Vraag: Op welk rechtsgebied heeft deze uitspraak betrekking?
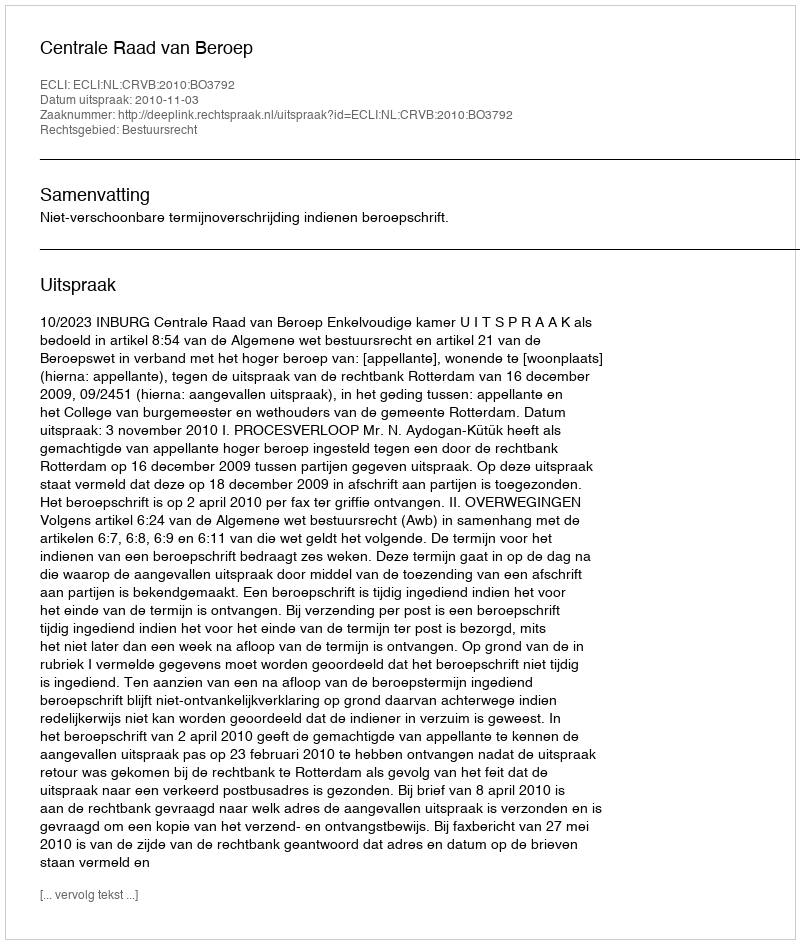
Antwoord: Bestuursrecht